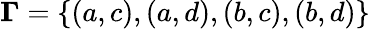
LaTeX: \boldsymbol{\Gamma}=\{ (a,c),(a,d),(b,c),(b,d)\}